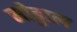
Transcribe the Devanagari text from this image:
सोड्ढाल